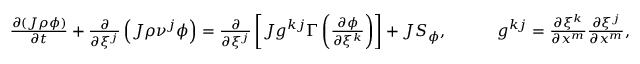
\begin{array} { r } { \frac { \partial \left( J \rho \phi \right) } { \partial t } + \frac { \partial } { \partial \xi ^ { j } } \left( J \rho \nu ^ { j } \phi \right) = \frac { \partial } { \partial \xi ^ { j } } \left[ J g ^ { k j } \Gamma \left( \frac { \partial \phi } { \partial \xi ^ { k } } \right) \right] + J S _ { \phi } , \quad \quad \quad g ^ { k j } = \frac { \partial \xi ^ { k } } { \partial x ^ { m } } \frac { \partial \xi ^ { j } } { \partial x ^ { m } } , } \end{array}